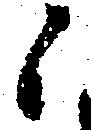
候